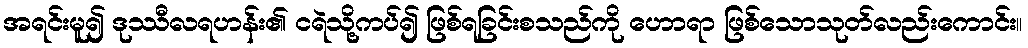
အရင်းမူ၍ ဒုဿီလရဟန်း၏ ငရဲသို့ကပ်၍ ဖြစ်ရခြင်းစသည်ကို ဟောရာ ဖြစ်သောသုတ်လည်းကောင်း။